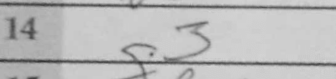
Transcription: g3